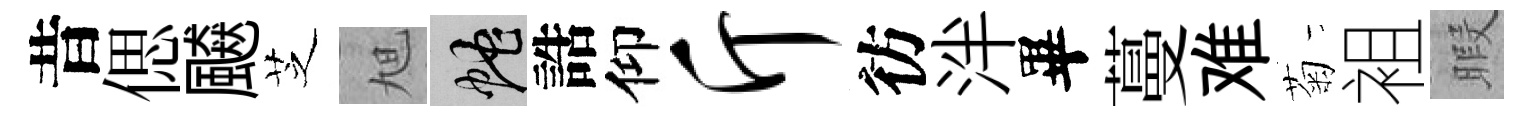
昔偲飇芝旭蛇誥仰斤彷泮畢蔓难菊袓暇